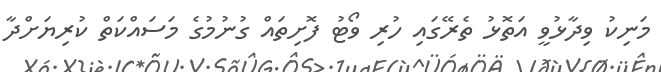
މަނިކު ވިދާޅުވީ އަތޮޅު ތެރޭގައި ހުރި ވޯޓު ފޮށިތައް ގުނުމުގެ މަސައްކަތް ކުރިޔަށްދާ